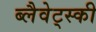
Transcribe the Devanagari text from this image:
ब्लैवेट्स्की